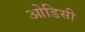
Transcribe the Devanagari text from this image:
आेडिसी